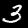
Label: 3